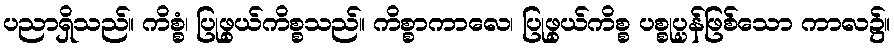
ပညာရှိသည်။ ကိစ္စံ၊ ပြုဖွယ်ကိစ္စသည်။ ကိစ္စာကာလေ၊ ပြုဖွယ်ကိစ္စ ပစ္စုပ္ပန်ဖြစ်သော ကာလ၌။